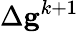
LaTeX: \Delta\mathbf{g}^{k+1}